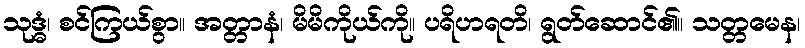
သုဒ္ဓံ၊ စင်ကြယ်စွာ။ အတ္တာနံ၊ မိမိကိုယ်ကို။ ပရိဟရတိ၊ ရွတ်ဆောင်၏။ သတ္တမေန၊